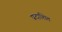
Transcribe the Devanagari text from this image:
प्रदाशित